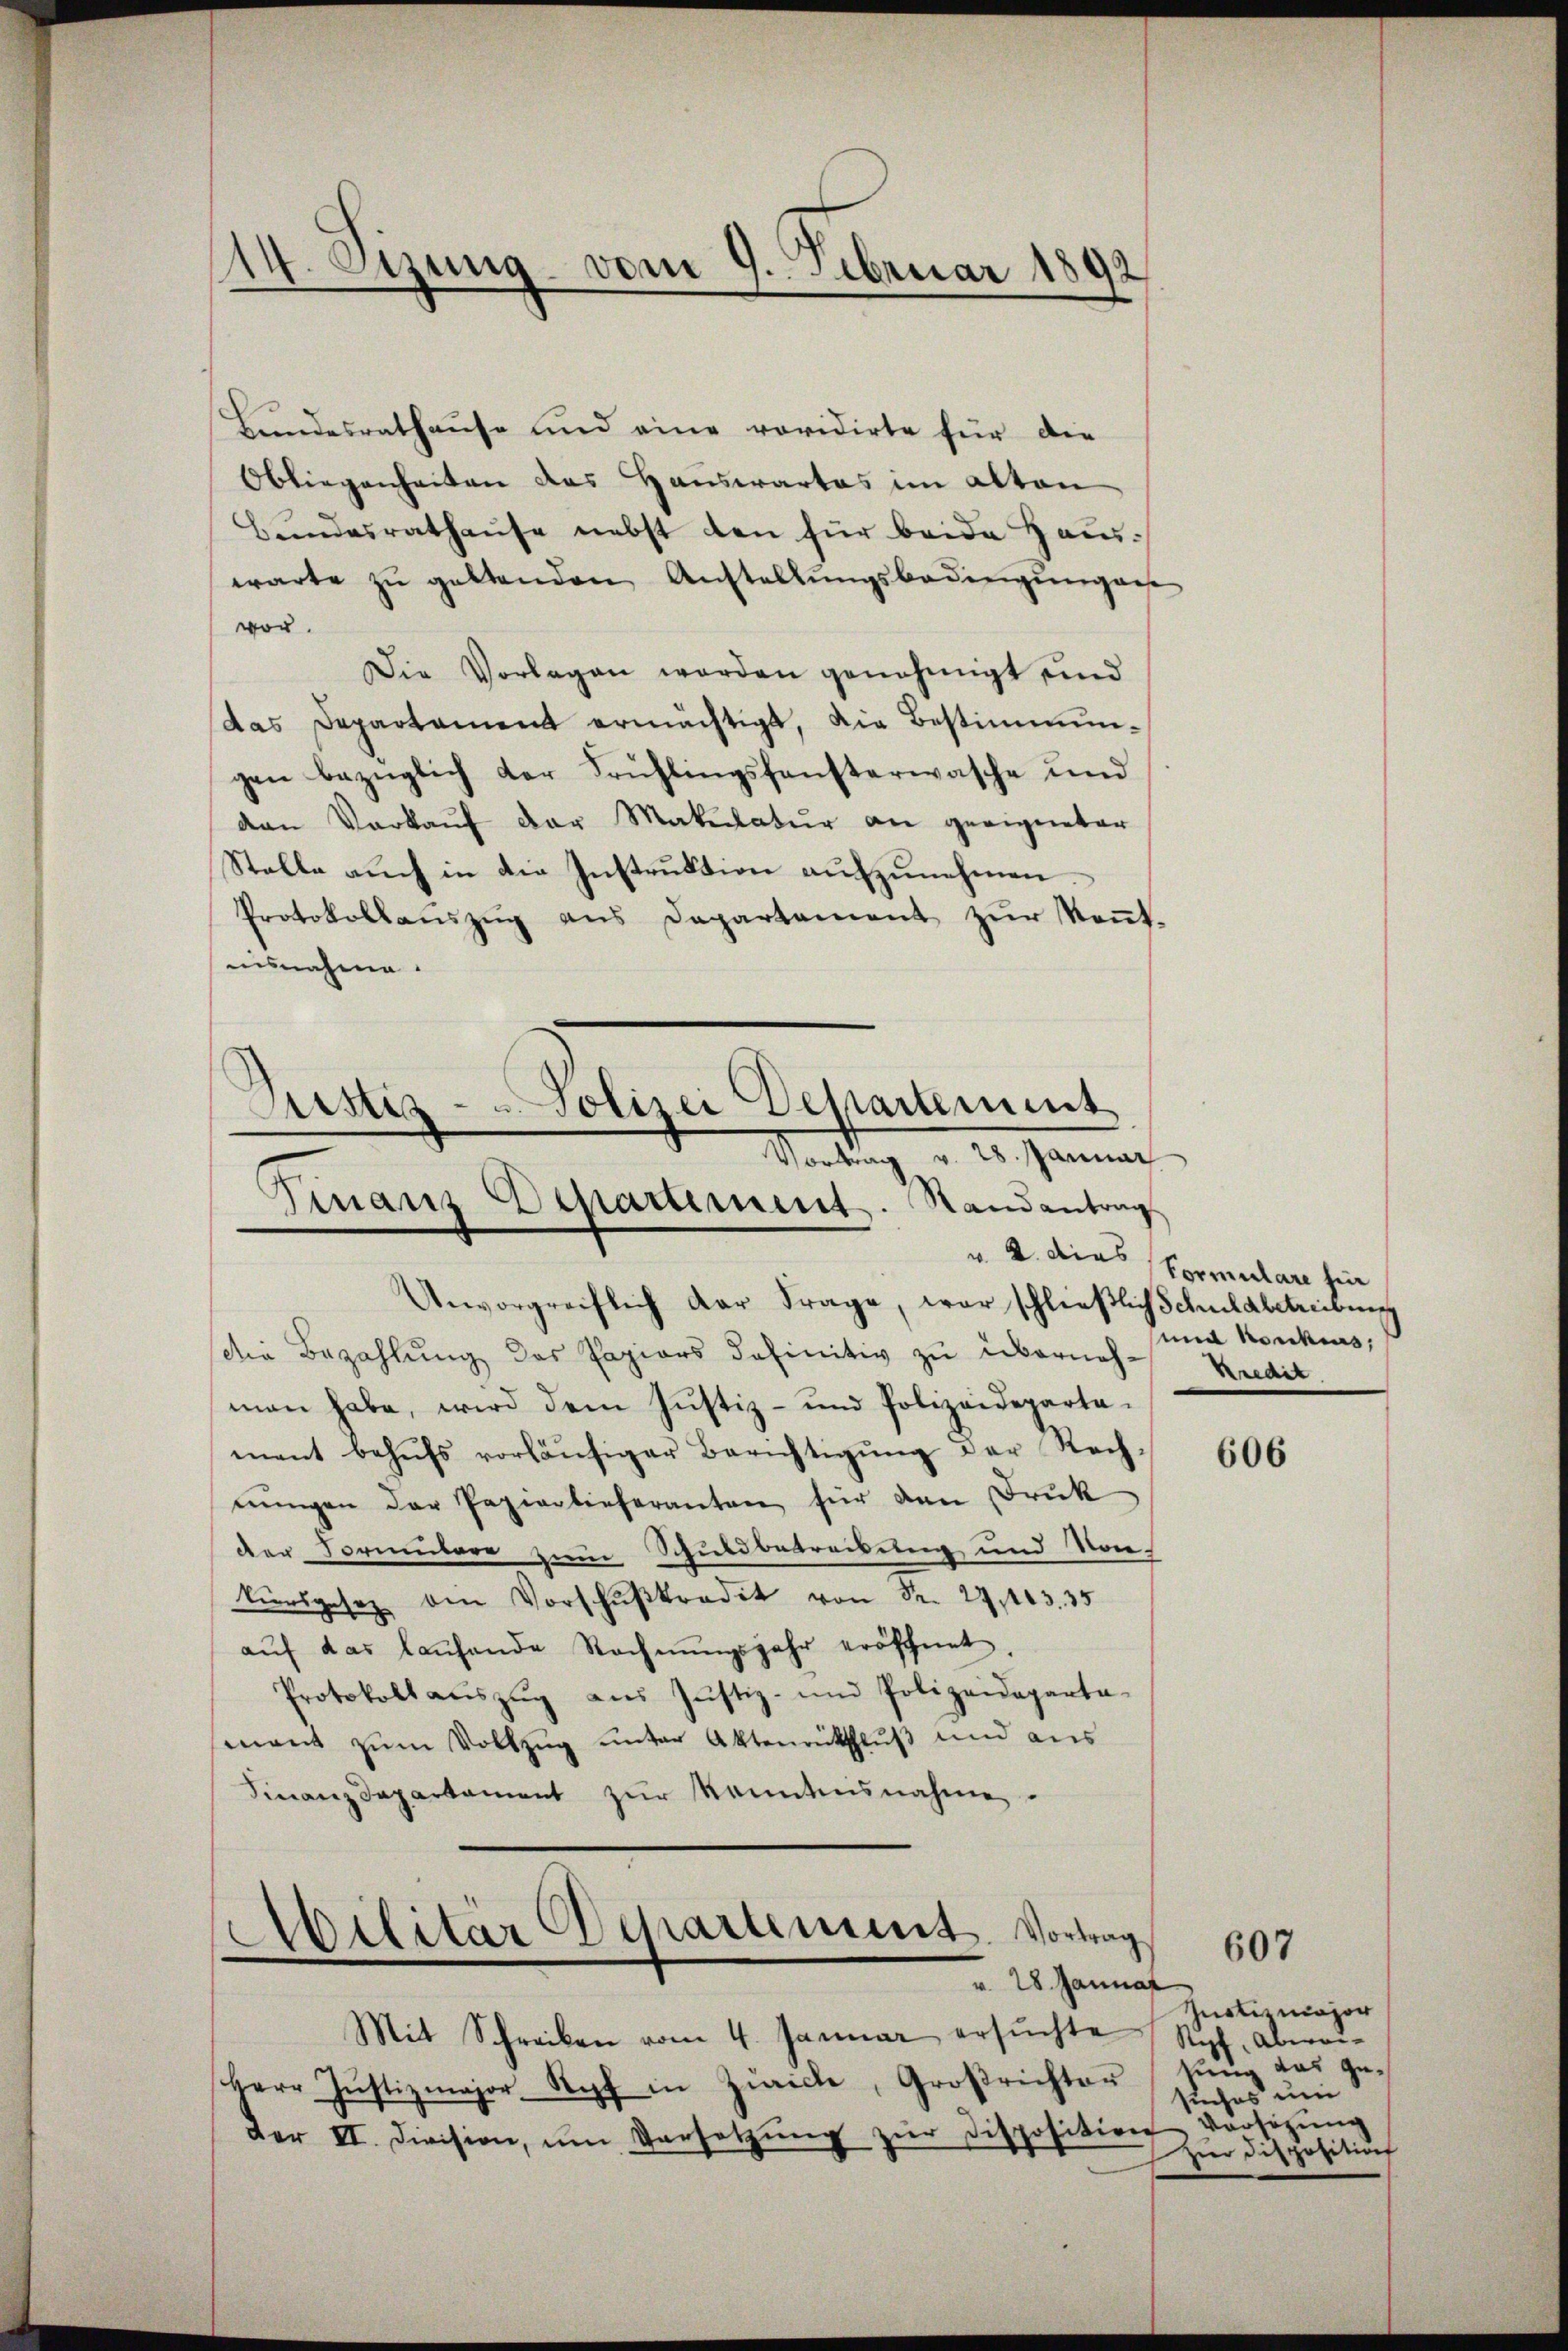
)
e
 Sizung vom 9. Februar 1892
e

Bundesrathause und eine revidirte für die
Obliegenheiten des Hauswartes im alten
Bŭndesrathause nebst den für beide Hauswarte zŭ geltenden Anstellŭngsbedingŭng aus
vor.
Die Vorlagen worden genehmigt und
das Departament ermächtigt, die Bestimmungen bezüglich der Frühlingsfansterwasche und
van Verkaŭf der Makulatur an geeigneter
Stelle auch in die Instruktion aufzunehmen
Protokollaŭszŭg ans Departement zŭr Keṅt,
isnahme.
Justiz- Polizei Departement
Vortrag v. 28. Januar
manz Departement. Randantrag
s
v. 2. dies
Anvorgreiflich der Frage, war schließlich Schuldbetreibung
die Bezahlung des Papiers definitiv zu überneh- Kredit.
man habe, wird dem Justiz- und Polizeideparta-
ment behŭfs vorläŭfiger Berichtigŭng der Rech-
nŭngen der Papierlieferanten für den Druk
der Formulare zum Schuldbetreibung und Vor-
kursgesez den Vorschußkredit von Nr. 27,103. 35
aŭf das laufende Rechnŭngsjahr eröffnet
Protokoll aŭszŭg aŭs Justiz- und Polizeideparta-
mant zum Vollzug unter Aktenrütschluß und aus
Finanzdepartament zŭr Kenntnisnahme.

Militär Departiment. Vortrag
v. 28. Januar

Mit Schreiben vom 4. Januar ersŭchte
Herr Justizmajor Kopf in Zürich, Großrichten
der II. Division, ŭm Versetzŭng zŭr disposition vorsitzŭng

Formulare fin
und konchius,

606

Justizmajor
Kipf, Abweisung das gesuches um
Hier Disposition

607